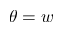
\theta = w